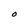
Character: O